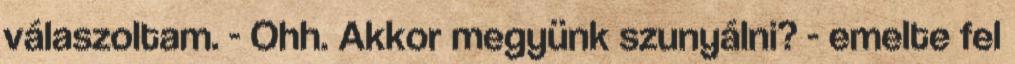
válaszoltam. - Ohh. Akkor megyünk szunyálni? - emelte fel